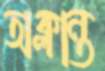
অক্লান্ত